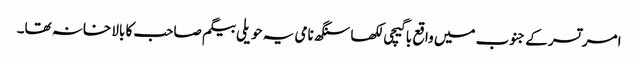
امرتسر کے جنوب میں واقع باگیچی لکھا سنگھ نامی یہ حویلی بیگم صاحب کا بالا خانہ تھا۔